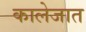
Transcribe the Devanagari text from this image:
कालेजात